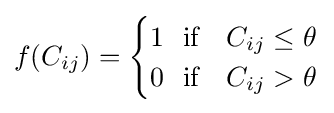
f(C_{ij})={\begin{cases}1~~{\text{if}}&C_{ij}\leq \theta \\0~~{\text{if}}&C_{ij}>\theta \end{cases}}